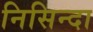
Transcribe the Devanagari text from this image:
निसिन्दा